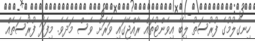
ހިނގާލުމުގެ ފުރުސަތު ލިބޭ އިވެންޓުތައް ރާއްޖޭގައި ވަރަށް ވެސް މަދެވެ. މިފަދަ ފުރުސަތެއް